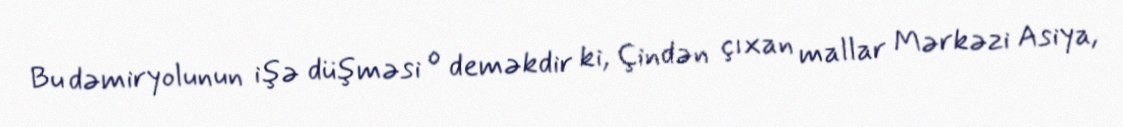
Bu dəmiryolunun işə düşməsi o deməkdir ki, Çindən çıxan mallar Mərkəzi Asiya,